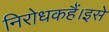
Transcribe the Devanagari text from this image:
निरोधकहैं।इसे